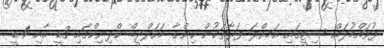
ފުވައްމުލައް ސިޓީގައި އަމއްލަ ފަރާތަކުން ހިންގާ މަހަލްދީބް ކްލިނިކްގައި 3ޑީ އާއި 4ޑީ